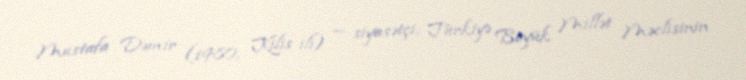
Mustafa Dəmir (1980, Kilis ili) — siyasətçi; Türkiyə Böyük Millət Məclisinin